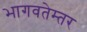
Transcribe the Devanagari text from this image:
भागवतेम्तर